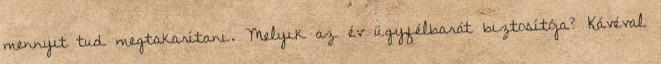
mennyit tud megtakarítani. Melyik az év ügyfélbarát biztosítója? Kávéval